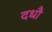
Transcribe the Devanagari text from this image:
दधौ